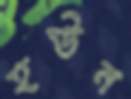
হউন